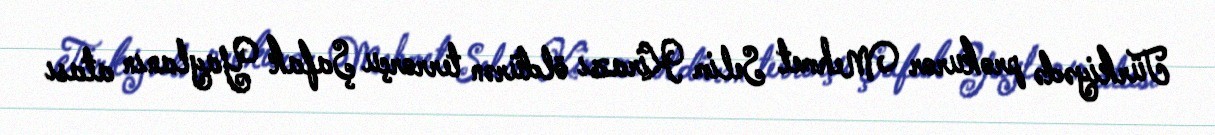
Türkiyədə prokuror Mehmet Selim Kirazı öldürən terrorçu Şafak Yaylanın atası